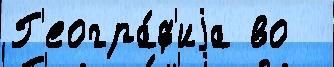
Г'еогра́ф'иjа во